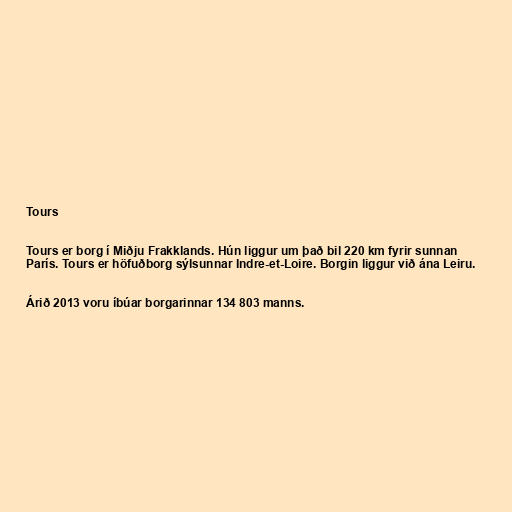
Tours

Tours er borg í Miðju Frakklands. Hún liggur um það bil 220 km fyrir sunnan
París. Tours er höfuðborg sýlsunnar Indre-et-Loire. Borgin liggur við ána Leiru.

Árið 2013 voru íbúar borgarinnar 134 803 manns.